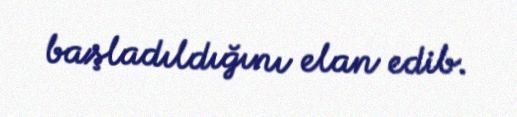
başladıldığını elan edib.